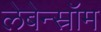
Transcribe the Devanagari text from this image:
लेबेन्स्रॉम